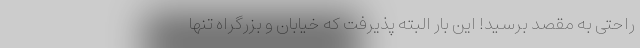
راحتی به مقصد برسید! این بار البته پذیرفت که خیابان و بزرگراه تنها